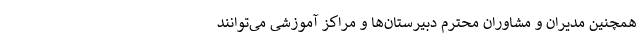
همچنین مدیران و مشاوران محترم دبیرستان‌ها و مراکز آموزشی می‌توانند